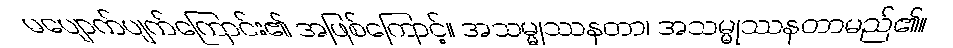
မပျောက်ပျက်ကြောင်း၏ အဖြစ်ကြောင့်။ အသမ္မုဿနတာ၊ အသမ္မုဿနတာမည်၏။